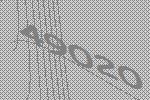
49020